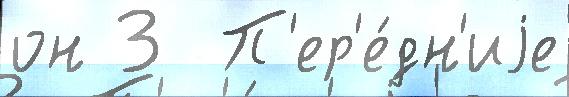
он 3  П'ер'е́дн'иjе